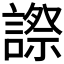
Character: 𧫕